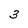
Character: 3